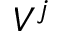
V ^ { j }